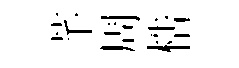
芊周梏